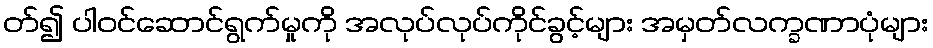
တ်၍ ပါဝင်ဆောင်ရွက်မှုကို အလုပ်လုပ်ကိုင်ခွင့်များ အမှတ်လက္ခဏာပုံများ